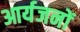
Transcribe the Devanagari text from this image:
आर्यजनों